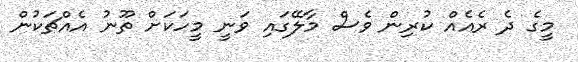
މީގެ ދެ ރެއެއް ކުރިން ވެސް މާލޭގައި ވަނީ މީހަކަށް ތޫނު އެއްޗަކުން